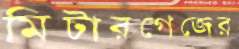
মিটারগেজের